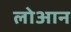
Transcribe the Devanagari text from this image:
लोआन